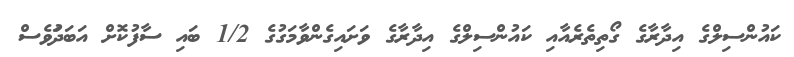
ކައުންސިލްގެ އިދާރާގެ ގޯތިތެރެއާއި ކައުންސިލްގެ އިދާރާގެ ވަށަައިގެންވާމަގުގެ 1/2 ބައި ސާފުކޮށް އަބަދަުވެސް